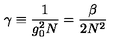
\gamma \equiv { \frac { 1 } { g _ { 0 } ^ { 2 } N } } = { \frac { \beta } { 2 N ^ { 2 } } }